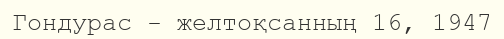
Гондурас - желтоқсанның 16, 1947